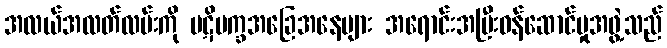
အလယ်အလတ်လမ်းကို ပဋိပက္ခအခြေအနေများ အရောင်းအပြီးဝန်ဆောင်မှုအဖွဲ့သည်